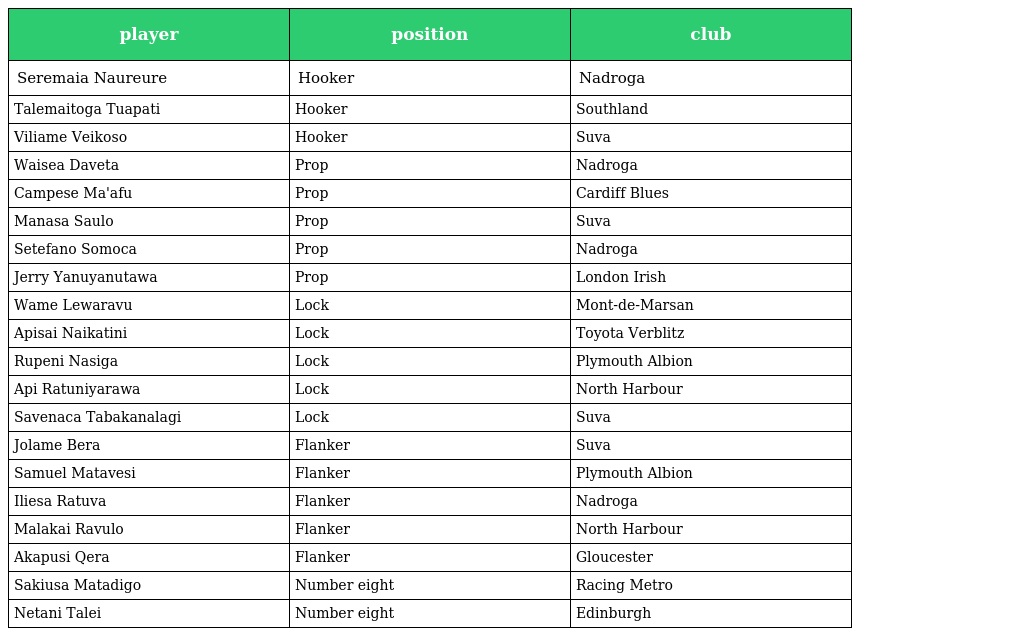
| player | position | club |
 | --- | --- | --- |
 | Seremaia Naureure | Hooker | Nadroga |
 | Talemaitoga Tuapati | Hooker | Southland |
 | Viliame Veikoso | Hooker | Suva |
 | Waisea Daveta | Prop | Nadroga |
 | Campese Ma'afu | Prop | Cardiff Blues |
 | Manasa Saulo | Prop | Suva |
 | Setefano Somoca | Prop | Nadroga |
 | Jerry Yanuyanutawa | Prop | London Irish |
 | Wame Lewaravu | Lock | Mont-de-Marsan |
 | Apisai Naikatini | Lock | Toyota Verblitz |
 | Rupeni Nasiga | Lock | Plymouth Albion |
 | Api Ratuniyarawa | Lock | North Harbour |
 | Savenaca Tabakanalagi | Lock | Suva |
 | Jolame Bera | Flanker | Suva |
 | Samuel Matavesi | Flanker | Plymouth Albion |
 | Iliesa Ratuva | Flanker | Nadroga |
 | Malakai Ravulo | Flanker | North Harbour |
 | Akapusi Qera | Flanker | Gloucester |
 | Sakiusa Matadigo | Number eight | Racing Metro |
 | Netani Talei | Number eight | Edinburgh |